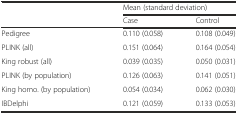
|  | <COLSPAN=2> Mean (standard deviation) |
 |  | Case | Control |
 | --- | --- | --- |
 | Pedigree | 0.110 (0.058) | 0.108 (0.049) |
 | PLINK (all) | 0.151 (0.064) | 0.164 (0.054) |
 | King robust (all) | 0.039 (0.035) | 0.050 (0.031) |
 | PLINK (by population) | 0.126 (0.063) | 0.141 (0.051) |
 | King homo. (by population) | 0.054 (0.034) | 0.062 (0.030) |
 | IBDelphi | 0.121 (0.059) | 0.133 (0.053) |